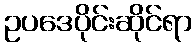
ဥပဒေပိုင်းဆိုင်ရာ